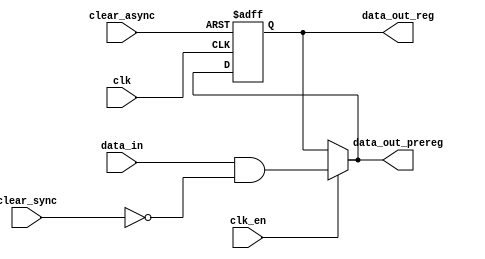
// This file modeled Stratix-10 ALM registers according to 
// https://www.intel.com/content/dam/www/programmable/us/en/pdfs/literature/hb/stratix-10/ug-s10-lab.pdf, 10 

module Reg_ALM (
		input clk,
		input clk_en,

		input data_in,
		output data_out_prereg,
		output reg data_out_reg,
		
		input clear_sync,
		input clear_async
	);

	wire data_in_clr;
	wire data_in_clr_en; 
	
	always @ (posedge clk, posedge clear_async) begin
		if (clear_async) begin 
			data_out_reg <= 1'b0;
		end
		else begin 
			data_out_reg <= data_in_clr_en;
		end
	end

	assign data_in_clr = data_in & (~clear_sync);
	assign data_in_clr_en = (clk_en == 1'b1)? data_in_clr: data_out_reg;
	assign data_out_prereg = data_in_clr_en;

endmodule